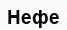
Нефе